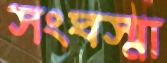
সংঘস্মা